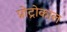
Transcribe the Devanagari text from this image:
प्रोट्रोकाल